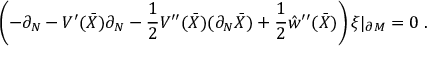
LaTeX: \left( - \partial _ { N } - V ^ { \prime } ( \bar { X } ) \partial _ { N } - \frac 1 2 V ^ { \prime \prime } ( \bar { X } ) ( \partial _ { N } \bar { X } ) + \frac 1 2 \hat { w } ^ { \prime \prime } ( \bar { X } ) \right) \xi | _ { \partial { \cal M } } = 0 \; .